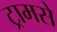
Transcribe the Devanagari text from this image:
ट्रामसे